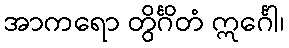
အာကရော တွိင်္ဂိတံ ဣင်္ဂေါ၊